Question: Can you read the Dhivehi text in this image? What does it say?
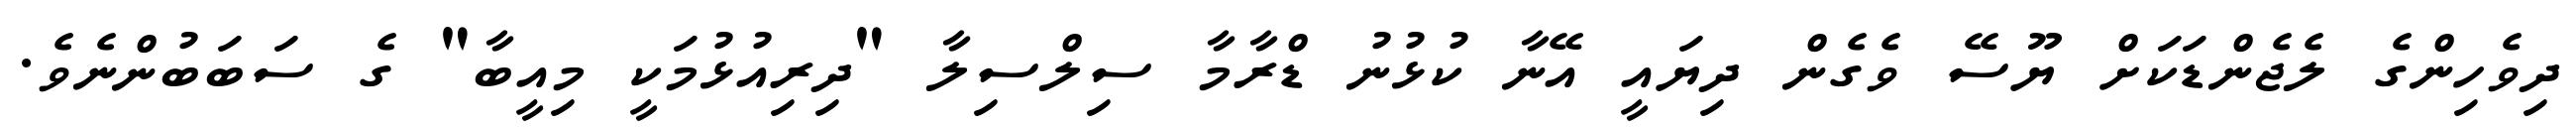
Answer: ދިވެހިންގެ ލެޖެންޑަކަށް ޔޫސޭ ވެގެން ދިޔައީ އޭނާ ކުޅުނު ޑްރާމާ ސިލްސިލާ "ދިރިއުޅުމަކީ މިއީބާ" ގެ ސަބަބުންނެވެ.